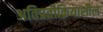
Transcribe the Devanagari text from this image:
अतिप्रतीक्रियाशील